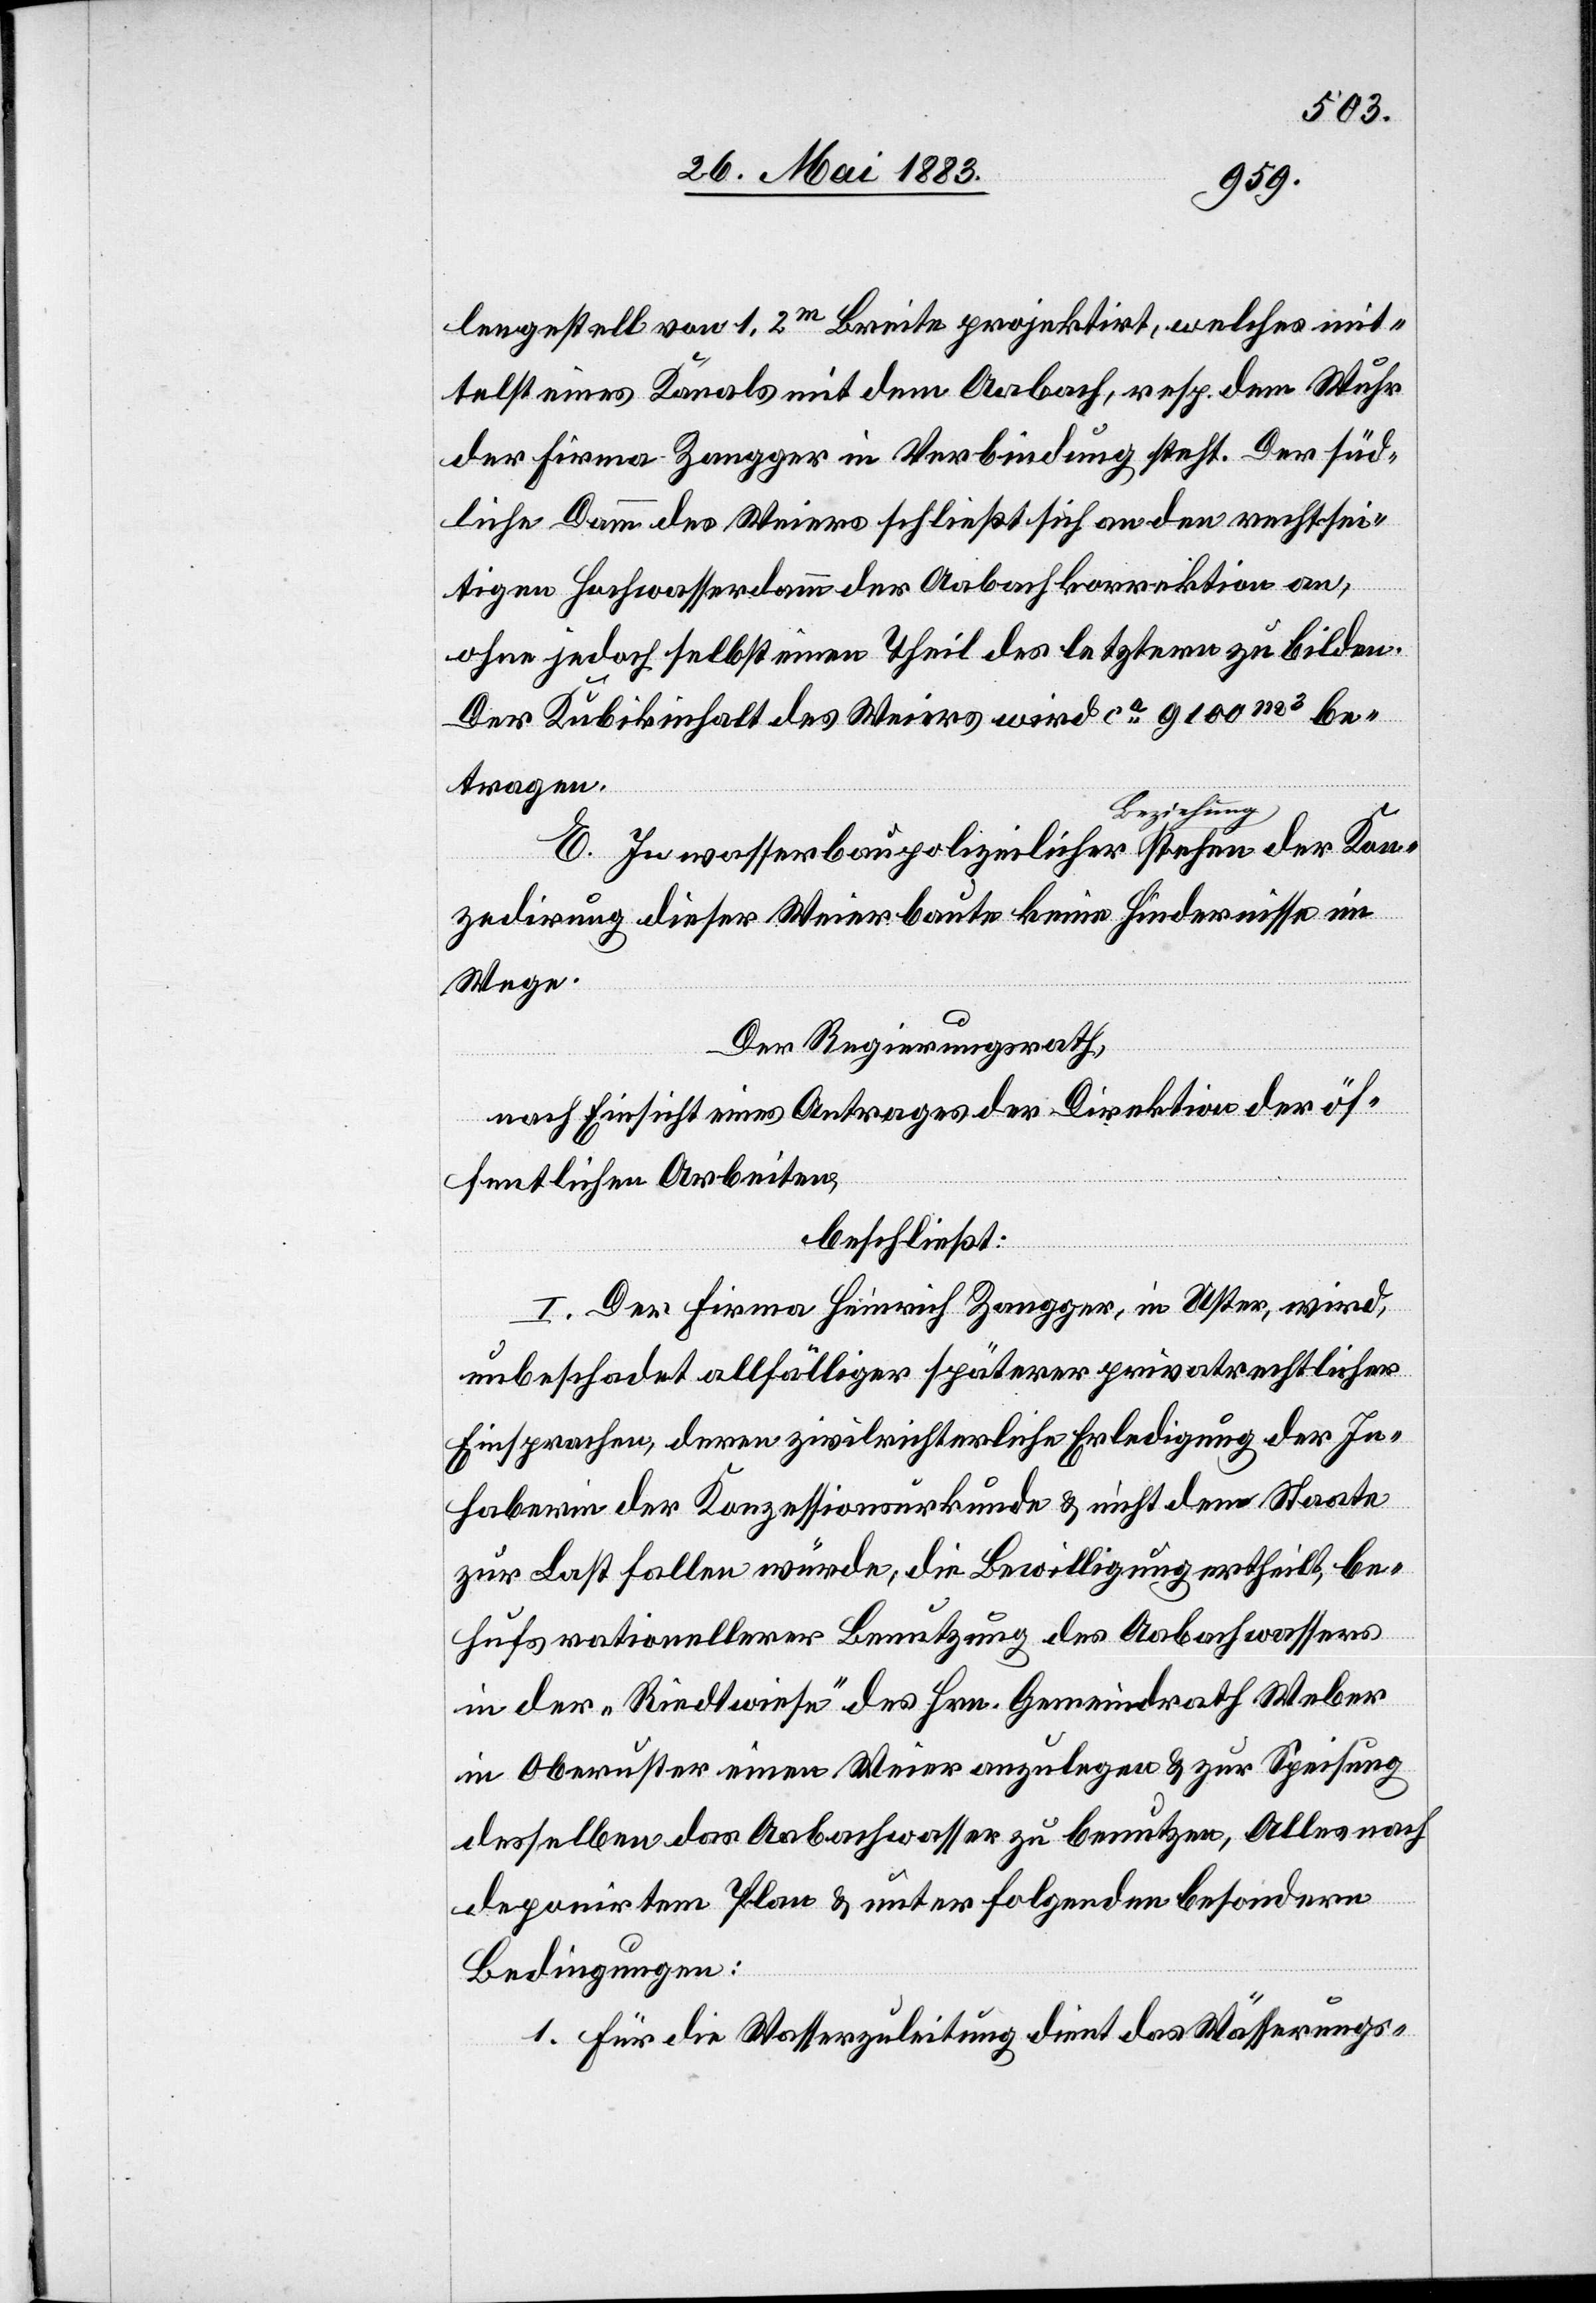
lengestell von 1,2m Breite projektirt, welches mit¬
telst eines Kanals mit dem Aabach, resp. dem Wuhr
der Firma Zangger in Verbindung steht. Der süd¬
liche Damm des Weiers schließt sich an den rechtsei¬
tigen Hochwasserdamm der Aabachkorrektion an,
ohne jedoch selbst einen Theil des letztern zu bilden.
Der Kubikinhalt des Weiers wird ca 9100m3 be¬
tragen.
E. In wasserbaupolizeilicher a–Beziehung–a ste¬
zedirung dieser Weierbaute keine Hindernisse im
Wege.
Der Regierungsrath,
nach Einsicht eines Antrages der Direktion der öf¬
fentlichen Arbeiten,
beschließt:
hen der Kon¬
I. Der Firma Heinrich Zangger, in Uster, wird,
unbeschadet allfälliger späterer privatrechtlicher
Einsprachen, deren zivilrichterliche Erledigung der In¬
haberin der Konzessionsurkunde & nicht dem Staate
zur Last fallen würde, die Bewilligung ertheilt, be¬
hufs rationellerer Benutzung des Aabachwassers
in der „Riedtwiese“ des Hrn. Gemeindrath Weber
in Oberuster einen Weier anzulegen & zur Speisung
desselben das Aabachwasser zu benutzen, Alles nach
deponirten Plan & unter folgenden besondern
Bedingungen:
1. Für die Wasserzuleitung dient das Währungs-